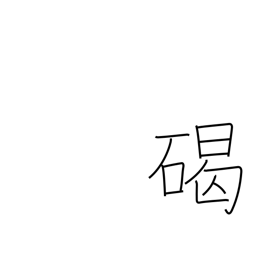
Meaning: round stone